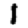
Digit: 1